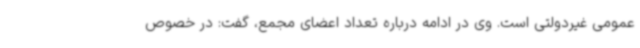
عمومی غیردولتی است. وی در ادامه درباره تعداد اعضای مجمع، گفت: در خصوص